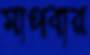
মাপবার